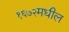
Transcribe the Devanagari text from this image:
१६७२मधील